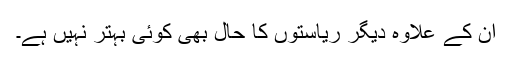
ان کے علاوہ دیگر ریاستوں کا حال بھی کوئی بہتر نہیں ہے۔